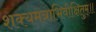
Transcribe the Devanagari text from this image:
शक्यमत्राभिवीक्षितुम्॥